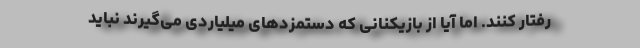
رفتار کنند. اما آیا از بازیکنانی که دستمزدهای میلیاردی می‌گیرند نباید